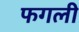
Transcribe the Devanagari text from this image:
फगली